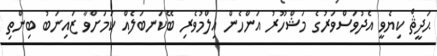
ޙަދީޘް ކިޔެވީ އެދުވަސްވަރުގެ މަޝްހޫރު އަންހެން އިލްމުވެރި ބޭކަނބަލެއް ކަމަށްވާ ޒައިނަބު ބިންތި